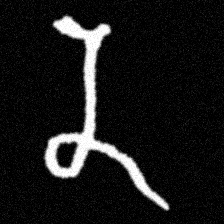
Pyu character \u2014 Myanmar letter: န (romanized: na)